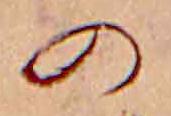
の